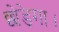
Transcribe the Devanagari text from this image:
छोड़ेगा।